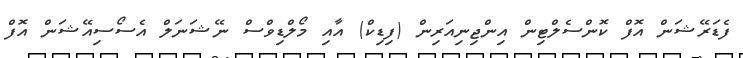
ފެޑަރޭޝަން އޮފް ކޮންސެލްޓިން އިންޖިނިއަރިން (ފިޑިކް) އާއި މޯލްޑިވްސް ނޭޝަނަލް އެސޯސިއޭޝަން އޮފް